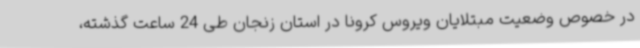
در خصوص وضعیت مبتلایان ویروس کرونا در استان زنجان طی 24 ساعت گذشته،